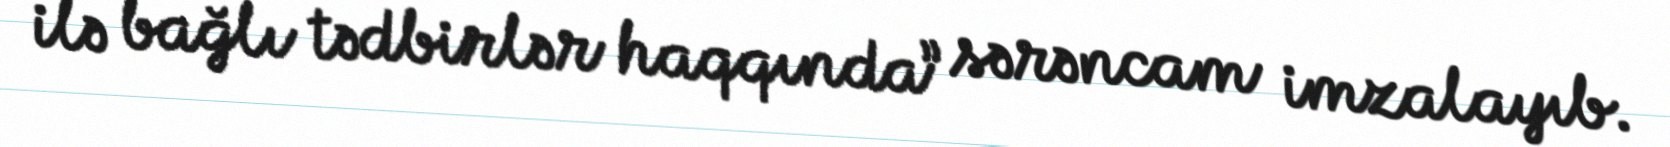
ilə bağlı tədbirlər haqqında” sərəncam imzalayıb.